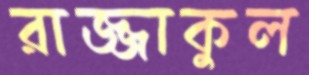
রাজ্জাকুল